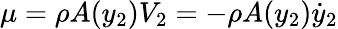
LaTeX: \mu=\rho A(y_{2})V_{2}=-\rho A(y_{2})\dot{y}_{2}